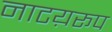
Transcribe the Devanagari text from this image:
नाटय़रूप